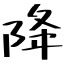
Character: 降